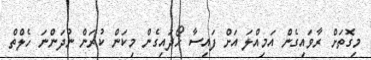
މިގޮތަށް ރާވައިގެން އަމިއްލަ އަށް ފައިސާ ހޯދައިގެން މިކަން ކުރަން ނުދަންނަ ހެލްތް